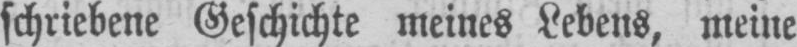
schriebene Geschichte meines Lebens, meine